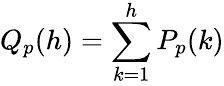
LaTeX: Q_{p}(h)=\sum_{k=1}^{h}P_{p}(k)